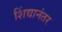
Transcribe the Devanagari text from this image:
शिंद्यानंतर